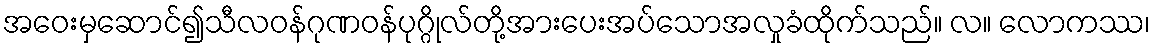
အဝေးမှဆောင်၍သီလဝန်ဂုဏဝန်ပုဂ္ဂိုလ်တို့အားပေးအပ်သောအလှုခံထိုက်သည်။ လ။ လောကဿ၊